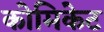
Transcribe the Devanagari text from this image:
कोमिकेट